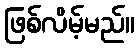
ဖြစ်လိမ့်မည်။